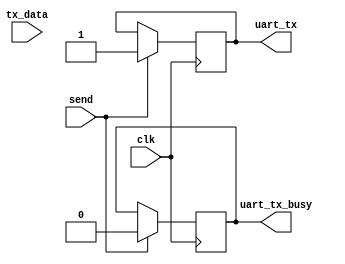
//==================================================================================================
//  Revision      : 1.0
//  Company       : Universidad Simn Bolvar
//
//  Description   : Testbench UART input generator
//==================================================================================================

`timescale 1ns/100ps

module uart_send #(
    parameter BAUD_RATE = 115200
    )(
    input             clk,
    input       [7:0] tx_data,
    input             send,
    output  reg       uart_tx,
    output  reg       uart_tx_busy
    );

    //----------------------------------------------------------------------------
    // localparams
    //----------------------------------------------------------------------------
    localparam UART_PERIOD = 1000000000/BAUD_RATE;   // nS

    // each clock, trigger the task. Only if send == 1'b1
    //----------------------------------------------------------------------------
    always @(posedge clk) begin
        if (send) begin
            task_uart_tx;
        end
    end

    //----------------------------------------------------------------------------
    // task
    //----------------------------------------------------------------------------
    task task_uart_tx;
        reg [9:0] tx_buffer;    // output buffer
        integer tx_cnt;         // counter
        // task
        begin
            #(1);                                   // delay FTW
            uart_tx_busy = 1'b1;                    //
            uart_tx      = 1'b1;                    // idle
            tx_buffer    = {1'b1, tx_data, 1'b0};   // extend data
            for(tx_cnt = 0; tx_cnt < 10; tx_cnt = tx_cnt + 1) begin
                #(UART_PERIOD);
                uart_tx = tx_buffer[tx_cnt];
            end
            uart_tx_busy = 1'b0;
        end
    endtask
endmodule